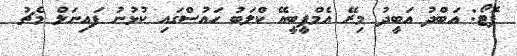
ފޮޓޯ: އަބްދު އަބީދު މިރޭ އެމްޕީބީއޭ ކްލަބު ހައުސްގައި ކުޅުނު ފައިނަލް މެޗު